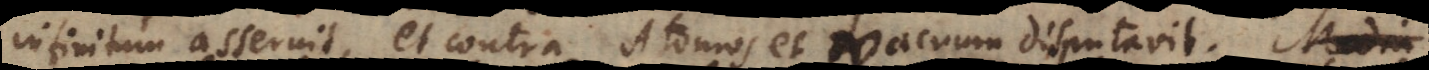
infinitum asseruit, et contra Atomos et Vacuum disputavit. Media